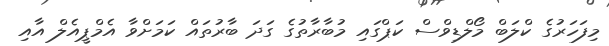
މިފަހަރުގެ ކްލަބް މޯލްޑިވްސް ކަޕްގައި މުބާރާތުގެ ގަދަ ބާރުތައް ކަމަށްވާ އެމްޕީއެލް އާއި